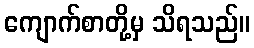
ကျောက်စာတို့မှ သိရသည်။